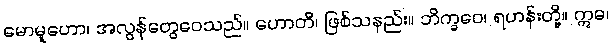
မောမူဟော၊ အလွန်တွေဝေသည်။ ဟောတိ၊ ဖြစ်သနည်း။ ဘိက္ခဝေ၊ ရဟန်းတို့။ ဣဓ၊